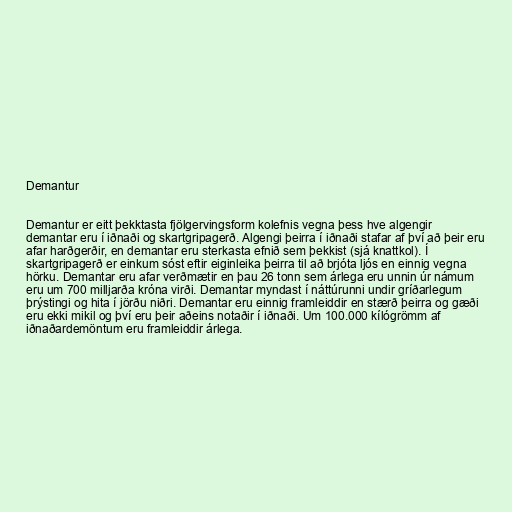
Demantur

Demantur er eitt þekktasta fjölgervingsform kolefnis vegna þess hve algengir
demantar eru í iðnaði og skartgripagerð. Algengi þeirra í iðnaði stafar af því að þeir eru
afar harðgerðir, en demantar eru sterkasta efnið sem þekkist (sjá knattkol). Í
skartgripagerð er einkum sóst eftir eiginleika þeirra til að brjóta ljós en einnig vegna
hörku. Demantar eru afar verðmætir en þau 26 tonn sem árlega eru unnin úr námum
eru um 700 milljarða króna virði. Demantar myndast í náttúrunni undir gríðarlegum
þrýstingi og hita í jörðu niðri. Demantar eru einnig framleiddir en stærð þeirra og gæði
eru ekki mikil og því eru þeir aðeins notaðir í iðnaði. Um 100.000 kílógrömm af
iðnaðardemöntum eru framleiddir árlega.